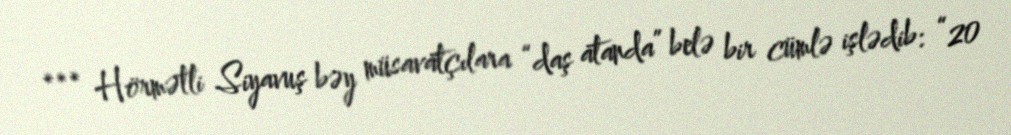
*** Hörmətli Siyavuş bəy müsavatçılara “daş atanda” belə bir cümlə işlədib: “20